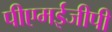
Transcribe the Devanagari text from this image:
पीएमईजीपी